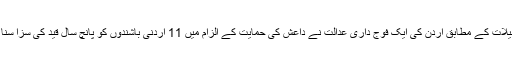
تفصیلات کے مطابق اردن کی ایک فوج داری عدالت نے داعش کی حمایت کے الزام میں 11 اردنی باشندوں کو پانچ سال قید کی سزا سنا دی۔